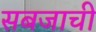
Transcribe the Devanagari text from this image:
सबजाची